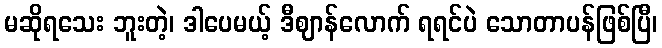
မဆိုရသေး ဘူးတဲ့၊ ဒါပေမယ့် ဒီဈာန်လောက် ရရင်ပဲ သောတာပန်ဖြစ်ပြီ၊